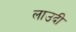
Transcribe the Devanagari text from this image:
लाउदी